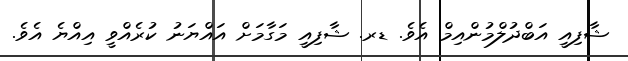
ޝާފިއީ އަބްދުލްމުންއިމް އެވެ. ޑރ. ޝާފިއީ މަގާމަށް އައްޔަނު ކުރެއްވީ އިއްޔެ އެވެ.